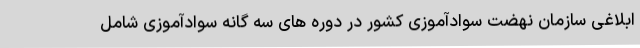
ابلاغی سازمان نهضت سوادآموزی کشور در دوره های سه گانه سوادآموزی شامل